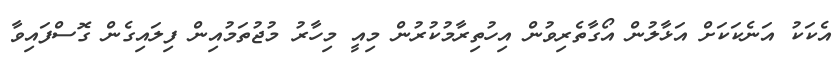
އެކަކު އަނެކަކަށް އަޅާލުން އޯގާތެރިވުން އިހުތިރާމުކުރުން މިއީ މިހާރު މުޖުތަމުއިން ފިލައިގެން ގޮސްފައިވާ